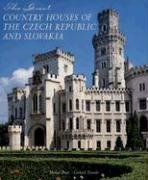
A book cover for The Great Country Houses of the Czech Republic and Slovakia; Michael Pratt; Travel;